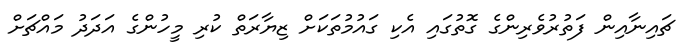
ޗައިނާއިން ފަތުރުވެރިންގެ ގޮތުގައި އެކި ގައުމުތަކަށް ޒިޔާރަތް ކުރި މީހުންގެ އަދަދު މައްޗަށް